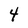
Character: 4